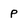
Character: p